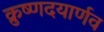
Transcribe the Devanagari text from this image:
क्रुष्णदयार्णव